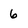
Character: 6